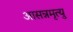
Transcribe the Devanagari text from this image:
आसन्नमृत्यु